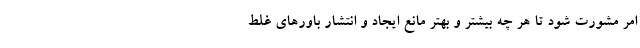
امر مشورت شود تا هر چه بیشتر و بهتر مانع ایجاد و انتشار باورهای غلط